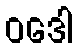
ဝဒေါ